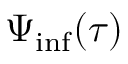
\Psi _ { \mathrm { i n f } } ( \tau )